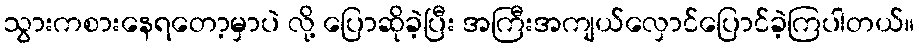
သွားကစားနေရတော့မှာပဲ လို့ ပြောဆိုခဲ့ပြီး အကြီးအကျယ်လှောင်ပြောင်ခဲ့ကြပါတယ်။